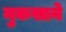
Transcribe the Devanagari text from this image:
नुकसाने